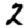
Digit: 2